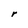
Character: r